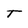
Character: t